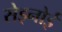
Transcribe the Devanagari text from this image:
सेड्नोई